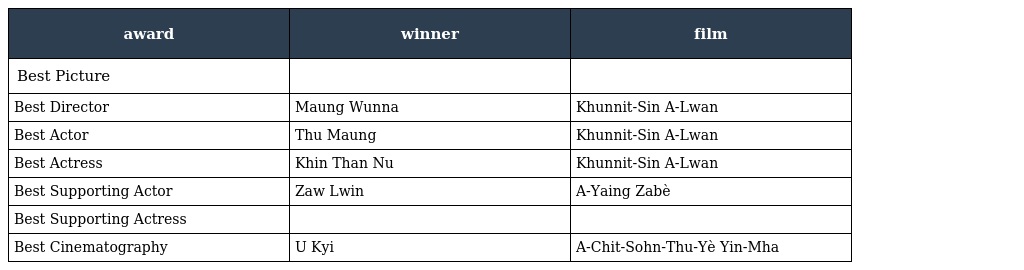
| award | winner | film |
 | --- | --- | --- |
 | Best Picture |  |  |
 | Best Director | Maung Wunna | Khunnit-Sin A-Lwan |
 | Best Actor | Thu Maung | Khunnit-Sin A-Lwan |
 | Best Actress | Khin Than Nu | Khunnit-Sin A-Lwan |
 | Best Supporting Actor | Zaw Lwin | A-Yaing Zabè |
 | Best Supporting Actress |  |  |
 | Best Cinematography | U Kyi | A-Chit-Sohn-Thu-Yè Yin-Mha |